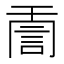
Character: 𧦸